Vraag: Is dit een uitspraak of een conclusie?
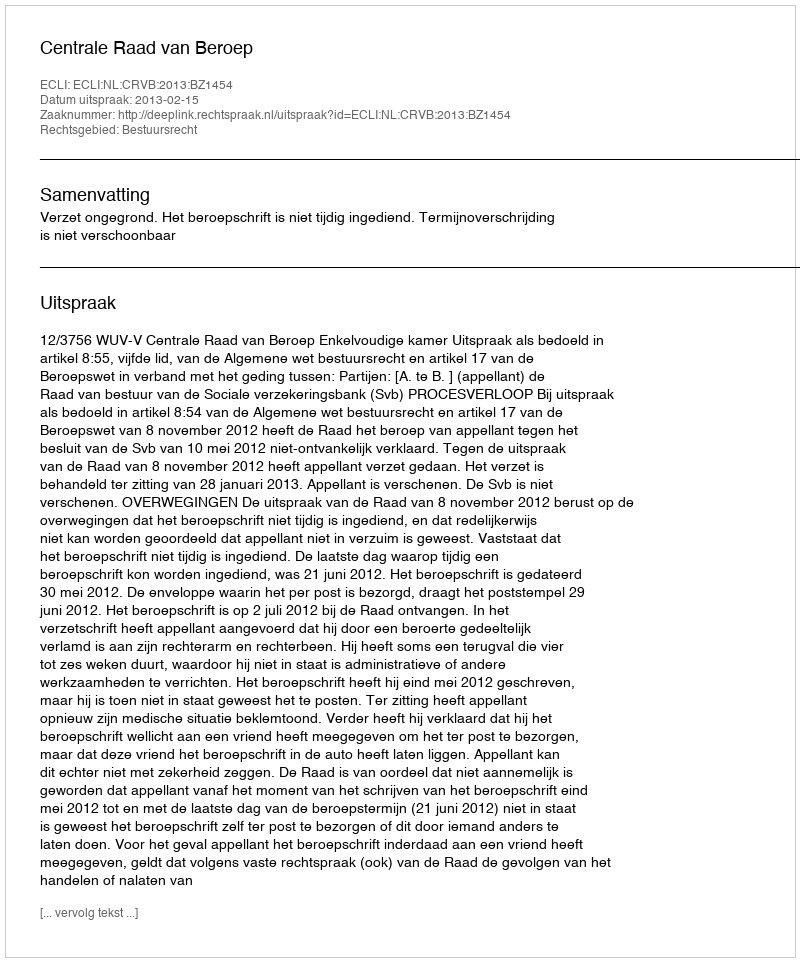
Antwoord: Uitspraak